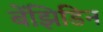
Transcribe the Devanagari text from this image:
बेंझिडिन